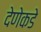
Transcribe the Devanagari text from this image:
देणेकडे